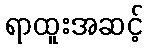
ရာထူးအဆင့်